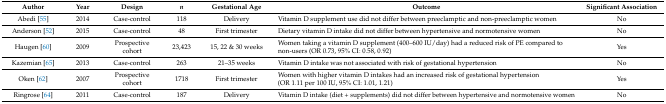
<table><thead><tr><td><b>Author</b></td><td><b>Year</b></td><td><b>Design</b></td><td><b><i>n</i></b></td><td><b>Gestational Age</b></td><td><b>Outcome</b></td><td><b>Significant Association</b></td></tr></thead><tbody><tr><td>Abedi [55]</td><td>2014</td><td>Case-control</td><td>118</td><td>Delivery</td><td>Vitamin D supplement use did not differ between preeclamptic and non-preeclamptic women</td><td>No</td></tr><tr><td>Anderson [52]</td><td>2015</td><td>Case-control</td><td>48</td><td>First trimester</td><td>Dietary vitamin D intake did not differ between hypertensive and normotensive women</td><td>No</td></tr><tr><td>Haugen [60]</td><td>2009</td><td>Prospective cohort</td><td>23,423</td><td>15, 22 &amp; 30 weeks</td><td>Women taking a vitamin D supplement (400–600 IU/day) had a reduced risk of PE compared to non-users (OR 0.73, 95% CI: 0.58, 0.92)</td><td>Yes</td></tr><tr><td>Kazemian [65]</td><td>2013</td><td>Case-control</td><td>263</td><td>21–35 weeks</td><td>Vitamin D intake was not associated with risk of gestational hypertension</td><td>No</td></tr><tr><td>Oken [62]</td><td>2007</td><td>Prospective cohort</td><td>1718</td><td>First trimester</td><td>Women with higher vitamin D intakes had an increased risk of gestational hypertension (OR 1.11 per 100 IU, 95% CI: 1.01, 1.21)</td><td>Yes</td></tr><tr><td>Ringrose [64]</td><td>2011</td><td>Case-control</td><td>187</td><td>Delivery</td><td>Vitamin D intake (diet + supplements) did not differ between hypertensive and normotensive women </td><td>No</td></tr></tbody></table>